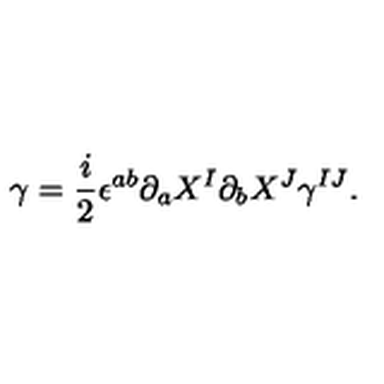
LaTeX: \gamma = \frac { i } { 2 } \epsilon ^ { a b } \partial _ { a } X ^ { I } \partial _ { b } X ^ { J } \gamma ^ { I J } .